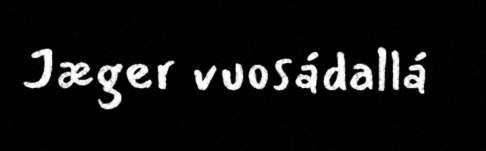
Jæger vuosádallá